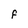
Character: F